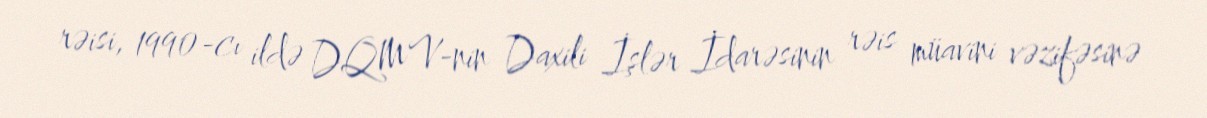
rəisi, 1990-cı ildə DQMV-nin Daxili İşlər İdarəsinin rəis müavini vəzifəsinə